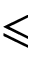
\leqslant